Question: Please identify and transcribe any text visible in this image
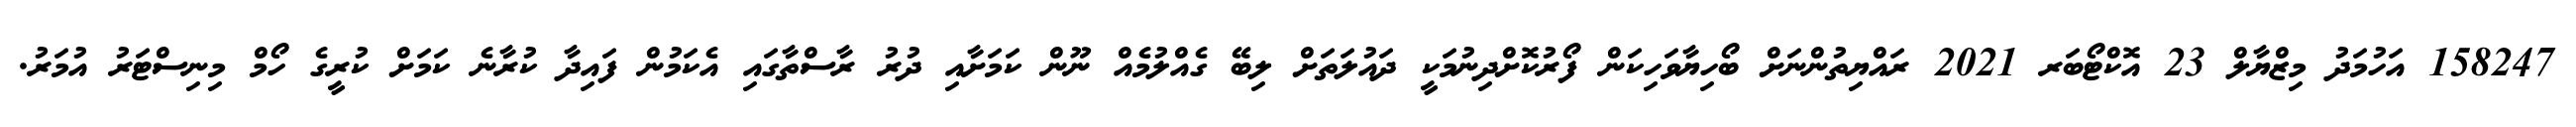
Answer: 158247 އަހުމަދު މިޒްޔާލް 23 އޮކްޓޯބަރ 2021 ރައްޔިތުންނަށް ބޯހިޔާވަހިކަން ފޯރުކޮށްދިނުމަކީ ދައުލަތަށް ލިބޭ ގެއްލުމެއް ނޫން ކަމަށާއި ދުރު ރާސްތާގައި އެކަމުން ފައިދާ ކުރާނެ ކަމަށް ކުރީގެ ހޯމް މިނިސްޓަރު އުމަރު.